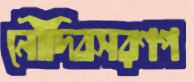
নৌদিবসরণপ